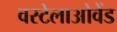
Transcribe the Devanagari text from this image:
वस्टेलाओवेंड